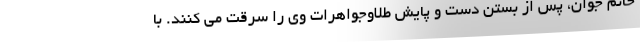
خانم جوان، پس از بستن دست و پایش طلاوجواهرات وی را سرقت می کنند. با